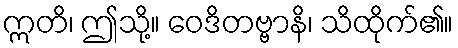
ဣတိ၊ ဤသို့။ ဝေဒိတဗ္ဗာနိ၊ သိထိုက်၏။